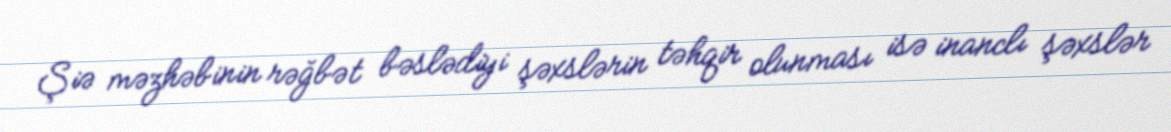
Şiə məzhəbinin rəğbət bəslədiyi şəxslərin təhqir olunması isə inanclı şəxslər